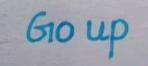
Gio up